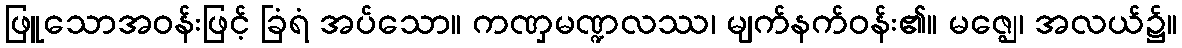
ဖြူသောအဝန်းဖြင့် ခြံရံ အပ်သော။ ကဏှမဏ္ဍလဿ၊ မျက်နက်ဝန်း၏။ မဇ္ဈေ၊ အလယ်၌။